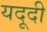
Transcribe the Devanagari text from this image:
यदूदी